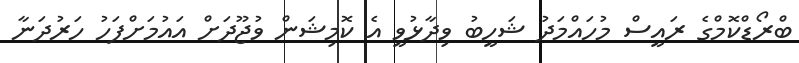
ބްރޯޑްކޮމްގެ ރައީސް މުހައްމަދު ޝަހީބު ވިދާޅުވީ އެ ކޮމިޝަން ވުޖޫދަށް އައުމަށްފަހު ހަރުދަނާ